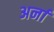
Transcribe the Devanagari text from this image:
अर्ना